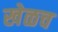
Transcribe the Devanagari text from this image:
खेळच